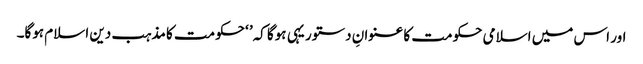
اور اس میں اسلامی حکومت کا عنوانِ دستور یہی ہوگا کہ’ ‘حکومت کا مذہب دین اسلام ہوگا۔